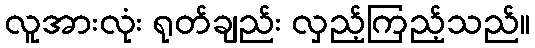
လူအားလုံး ရုတ်ချည်း လှည့်ကြည့်သည်။